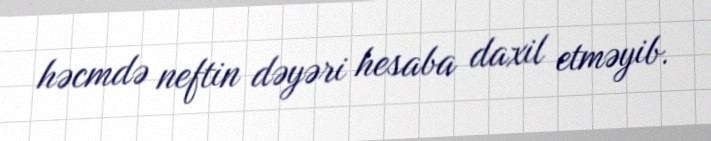
həcmdə neftin dəyəri hesaba daxil etməyib.